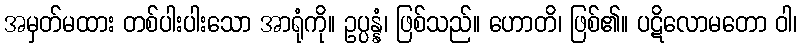
အမှတ်မထား တစ်ပါးပါးသော အာရုံကို။ ဥပ္ပန္နံ၊ ဖြစ်သည်။ ဟောတိ၊ ဖြစ်၏။ ပဋိလောမတော ဝါ၊